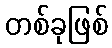
တစ်ခုဖြစ်